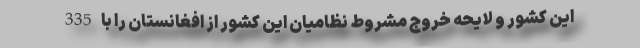
این کشور و لایحه خروج مشروط نظامیان این کشور از افغانستان را با 335